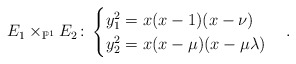
\begin{align*}E_1\times_{\mathbb{P}^1}E_2\colon \begin{cases}y_1^2= x(x-1)(x-\nu)\\y_2^2= x(x-\mu)(x-\mu\lambda)\end{cases}.\end{align*}